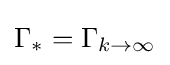
\Gamma _{*}=\Gamma _{k\rightarrow \infty }